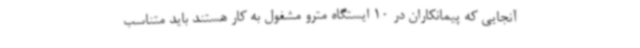
آنجایی که پیمانکاران در 10 ایستگاه مترو مشغول به کار هستند باید متناسب